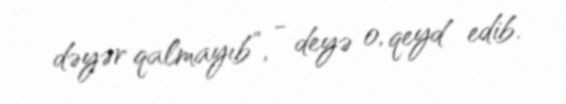
dəyər qalmayıb”, - deyə o, qeyd edib.